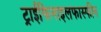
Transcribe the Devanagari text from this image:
ट्राईफिनाइलफास्फीन